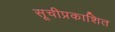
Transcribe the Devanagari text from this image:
सूचीप्रकाशित